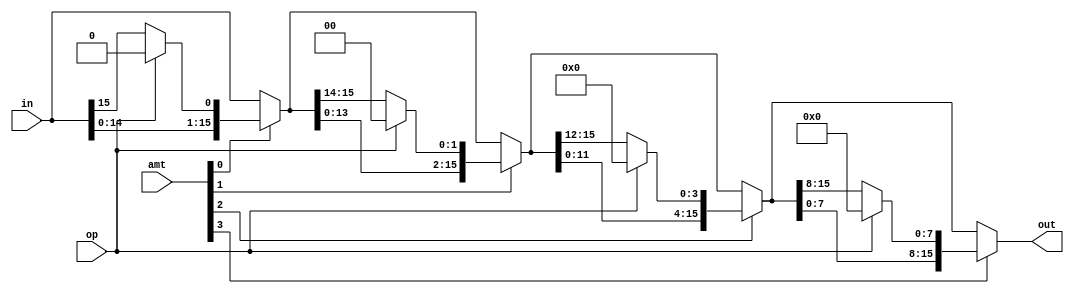
/*
* 	CS/ECE 552 Spring '22
* 	Homework #2, Problem 1
*
	* Shift/rotate left submodule
	* Designed to shift or rotate a 16 bit operand
	* to the left.
*/
module shift_rotate_left(in, amt, op, out);
	input [15:0] in; // input operand
	input [3:0] amt; // amount to shift/rotate
	input op; // 1 for shift, 0 for rotate
	output [15:0]out; // result of shift/result

	wire [15:0] mux1; // output of first set of muxes
	wire [15:0] mux2; // output of second set of muxes
	wire [15:0] mux3; // output of third set of muxes

	assign mux1 = amt[0] ? (op ? {in[14:0], 1'b0} : {in[14:0], in[15]}) : in; // shift/rotate left 1 bit
	assign mux2 = amt[1] ? (op ? {mux1[13:0], 2'b0} : {mux1[13:0], mux1[15:14]}) : mux1; // shift/rotate left 2 bits
	assign mux3 = amt[2] ? (op ? {mux2[11:0], 4'h0} : {mux2[11:0], mux2[15:12]}) : mux2; // shift/rotate left 4 bits
	assign out = amt[3] ? (op ? {mux3[7:0], 8'h00} : {mux3[7:0], mux3[15:8]}) : mux3; // shift/rotate left 8 bits
endmodule